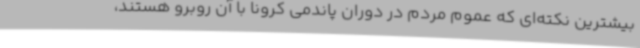
بیشترین نکته‌ای که عموم مردم در دوران پاندمی کرونا با آن روبرو هستند،